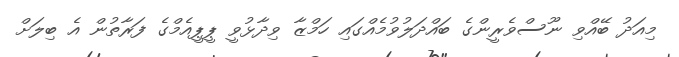
މިއަދު ބޭއްވި ނޫސްވެރީންގެ ބައްދަލުވުމެއްގައި ހަމްޒާ ވިދާޅުވީ ޕީޕީއެމްގެ ފަރާތުން އެ ބިލަށް